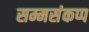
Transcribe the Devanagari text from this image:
सम्मसंकप्प